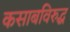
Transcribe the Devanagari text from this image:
कसाबविरुद्ध